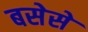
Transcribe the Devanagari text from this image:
बसेसे